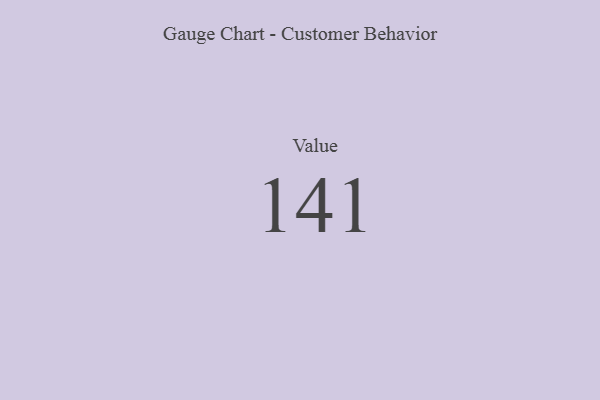
{"axis": {"x": "Metric", "y": "Value"}, "legend": [""], "data": [{"x": "Value", "y": 141, "type": ""}]}